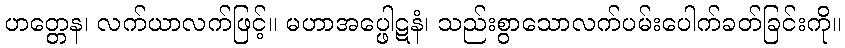
ဟတ္တေန၊ လက်ယာလက်ဖြင့်။ မဟာအပ္ဖေါဋနံ၊ သည်းစွာသောလက်ပမ်းပေါက်ခတ်ခြင်းကို။